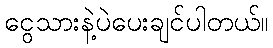
ငွေသားနဲ့ပဲပေးချင်ပါတယ်။